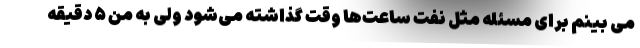
می بینم برای مسئله مثل نفت ساعت‌ها وقت گذاشته می‌شود ولی به من ۵ دقیقه